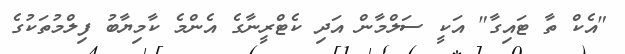
"އެކް ތާ ޓައިގާ" އަކީ ސަލްމާން އަދި ކެޓްރީނާގެ އެންމެ ކާމިޔާބު ފިލްމުތަކުގެ